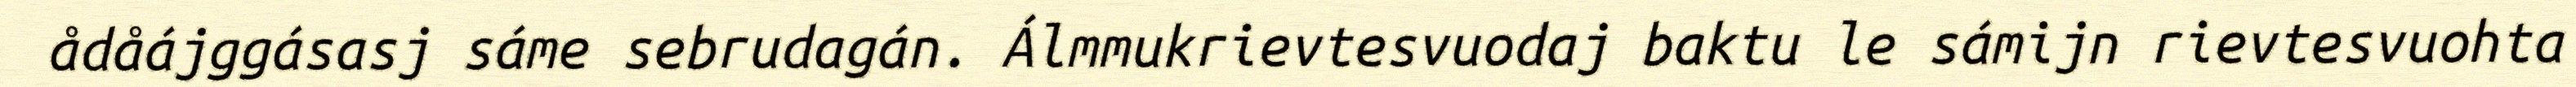
ådåájggásasj sáme sebrudagán. Álmmukrievtesvuodaj baktu le sámijn rievtesvuohta